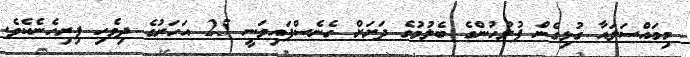
މިމައްސަލައާ ގުޅިގެން ފުލުހުންގެ ބެލުމުގެ ދަށަށް ގެނެސްފައިވަނީ 25 އަހަރުގެ ދިވެހި ފިރިހެނެކެވެ.